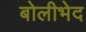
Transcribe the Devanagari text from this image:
बोलीभेद